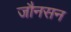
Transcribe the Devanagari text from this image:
जौनसन